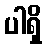
ပါရှိ